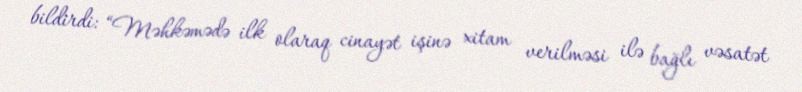
bildirdi: “Məhkəmədə ilk olaraq cinayət işinə xitam verilməsi ilə bağlı vəsatət